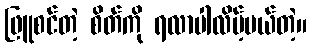
ဖြူစင်တဲ့ စိတ်ကို ရလာပါလိမ့်မယ်တဲ့။